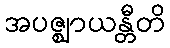
အပဇ္ဈာယန္တီတိ